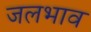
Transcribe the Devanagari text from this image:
जलभाव